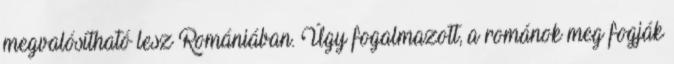
megvalósítható lesz Romániában. Úgy fogalmazott, a románok meg fogják